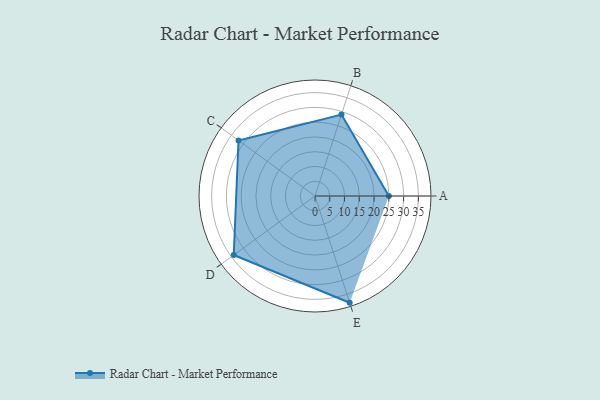
{"axis": {"x": "Skill", "y": "Score"}, "legend": ["Profile"], "data": [{"x": "A", "y": 25.0, "type": "Profile"}, {"x": "B", "y": 29.0, "type": "Profile"}, {"x": "C", "y": 32.0, "type": "Profile"}, {"x": "D", "y": 34.0, "type": "Profile"}, {"x": "E", "y": 38.0, "type": "Profile"}]}